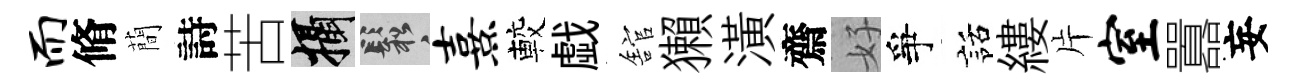
而脩蕳詩苦攝鬆熹較戯舘獺潢齋好爭話縷片室囂妄